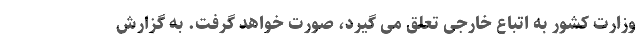
وزارت کشور به اتباع خارجی تعلق می گیرد، صورت خواهد گرفت. به گزارش